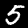
Digit: 5